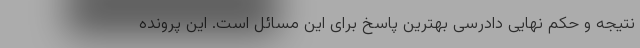
نتیجه و حکم نهایی دادرسی بهترین پاسخ برای این مسائل است. این پرونده